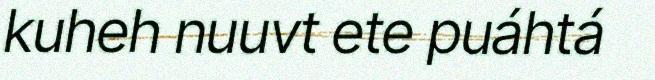
kuheh nuuvt ete puáhtá